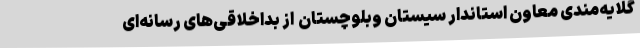
گلایه‌مندی معاون استاندار سیستان وبلوچستان  از بداخلاقی‌های رسانه‌ای